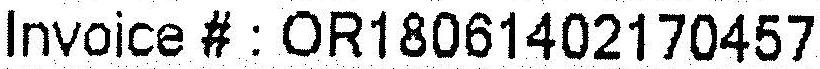
INVOICE # : OR18061402170457